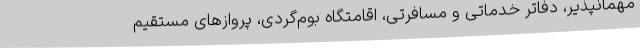
مهمانپذیر، دفاتر خدماتی و مسافرتی، اقامتگاه بوم‌گردی، پروازهای مستقیم